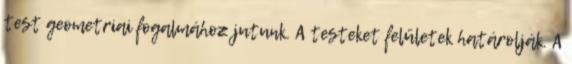
test geometriai fogalmához jutunk. A testeket felületek határolják. A